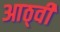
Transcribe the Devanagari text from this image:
आठ्वीं